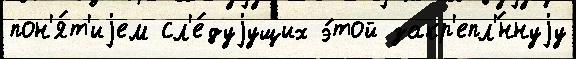
пон'я́т'иjем сл'е́дуjущих э́той закр'епл'́ннуjу